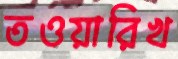
তওয়ারিখ